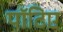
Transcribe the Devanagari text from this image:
पॉटिए